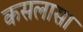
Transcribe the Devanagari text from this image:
कसलासा